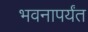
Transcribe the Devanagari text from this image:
भवनापर्यंत